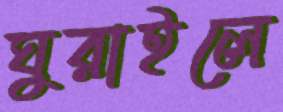
ঘুরাইলে